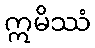
ဣမိဿံ